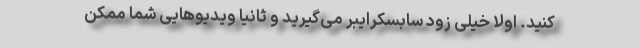
کنید. اولا خیلی زود سابسکرایبر می‌گیرید و ثانیا ویدیوهایی شما ممکن